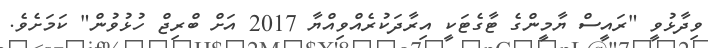
ވިދާޅުވީ "ރައީސް ޔާމީންގެ ޓާގެޓަކީ އިރާދަކުރެއްވިއްޔާ 2017 އަށް ބްރިޖް ހުޅުވުން" ކަމަށެވެ.